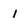
Character: 1